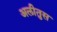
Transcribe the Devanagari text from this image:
अलीतुस